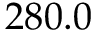
2 8 0 . 0